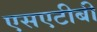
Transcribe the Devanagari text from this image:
एसएटीबी